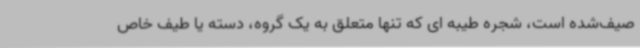
صیف‌شده‌ است، شجره طیبه ای که تنها متعلق به یک گروه، دسته یا طیف خاص